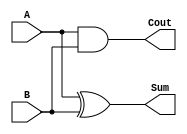
module CarryLookaheadHalfAdder (
    input wire A,      // First single-bit input
    input wire B,      // Second single-bit input
    output wire Sum,   // Sum output
    output wire Cout   // Carry output
);

// Calculate Sum and Carry outputs
assign Sum = A ^ B;     // Sum is A XOR B
assign Cout = A & B;    // Carry is A AND B

endmodule